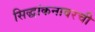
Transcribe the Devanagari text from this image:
सिद्धांकनावरची